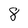
Character: 8